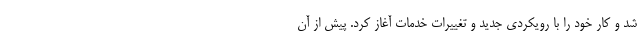
شد و کار خود را با رویکردی جدید و تغییرات خدمات آغاز کرد. پیش از آن